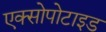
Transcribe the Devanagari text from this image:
एक्सोपोटाइड